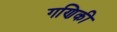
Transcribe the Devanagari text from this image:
गणिकी